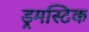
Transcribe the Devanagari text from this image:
ड्रमस्टिक